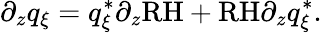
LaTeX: \partial_{z}q_{\xi}=q_{\xi}^{*}\partial_{z}\textrm{RH}+\textrm{RH}\partial_{z}q_{\xi}^{*}.